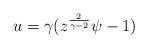
LaTeX: \begin{align*}u=\gamma(z^{2\over{\gamma-2}}\psi-1)\end{align*}